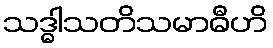
သဒ္ဓါသတိသမာဓီဟိ